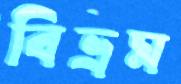
বিভ্রম